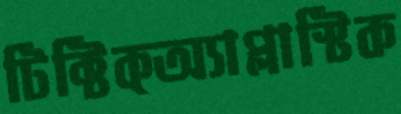
টিক্টিক্অ্যাপ্লাস্টিক